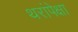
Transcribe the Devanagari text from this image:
थरांपेक्षा